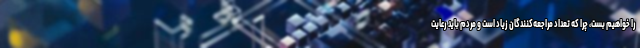
را خواهیم بست، چرا که تعداد مراجعه‌کنندگان زیاد است و مردم باید رعایت